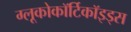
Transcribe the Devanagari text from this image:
ग्लूकोकॉर्टिकॉइड्स